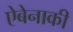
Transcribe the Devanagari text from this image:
ऐबेनाकी